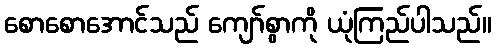
စောစောအောင်သည် ကျော်စွာကို ယုံကြည်ပါသည်။